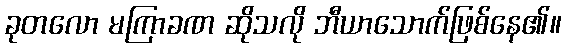
ခုတလော မကြာခဏ ဆိုသလို ဘီယာသောက်ဖြစ်နေ၏။